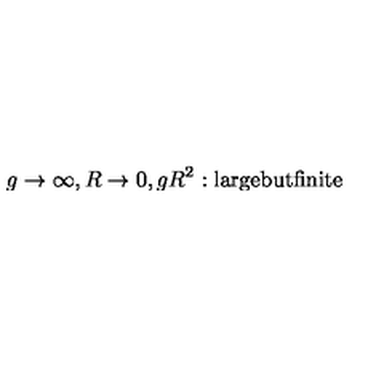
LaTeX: g \to \infty , R \to 0 , g R ^ { 2 } : \mathrm { l a r g e b u t f i n i t e }